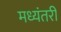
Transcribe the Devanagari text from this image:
मध्यंतरीं